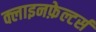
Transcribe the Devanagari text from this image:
क्लाइनफ़ेल्टर्स